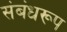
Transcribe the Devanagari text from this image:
संबंधरूप